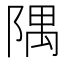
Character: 隅